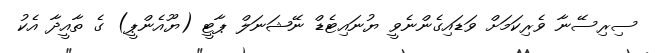
ސިރިސޭނާ ވެރިކަަމަށް ވަޑައިގެންނެވީ ޔުނައިޓެޑް ނޭޝަނަލް ޕާޓީ (ޔޫއެންޕީ) ގެ ތާއީދާ އެކު